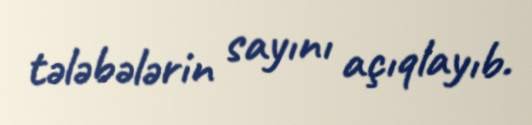
tələbələrin sayını açıqlayıb.